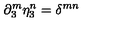
\partial _ { 3 } ^ { m } \eta _ { 3 } ^ { n } = \delta ^ { m n }